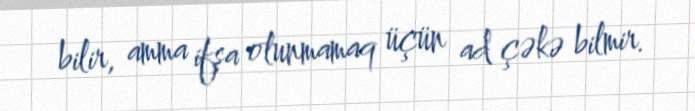
bilir, amma ifşa olunmamaq üçün ad çəkə bilmir.